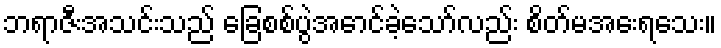
ဘရာဇီးအသင်းသည် ခြေစစ်ပွဲအောင်ခဲ့သော်လည်း စိတ်မအေးရသေး။